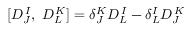
[ D _ { J } ^ { \, I } , \; D _ { L } ^ { \, K } ] = \delta _ { J } ^ { K } D _ { L } ^ { \, I } - \delta _ { L } ^ { I } D _ { J } ^ { \, K }